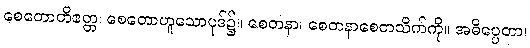
စေတောတိဧတ္တ၊ စေတောဟူသောပုဒ်၌။ စေတနာ၊ စေတနာစေတသိက်ကို။ အဓိပ္ပေတာ၊